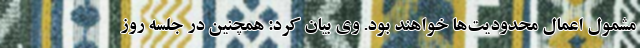
مشمول اعمال محدودیت‌ها خواهند بود. وی بیان کرد: همچنین در جلسه روز